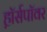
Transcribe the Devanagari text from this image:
ह़ॉर्सपॉवर